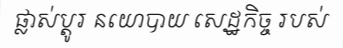
ផ្លាស់ប្តូរ នយោបាយ សេដ្ឋកិច្ច របស់